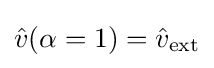
{\textstyle {\hat {v}}(\alpha =1)={\hat {v}}_{\text{ext}}}